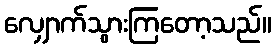
လျှောက်သွားကြတော့သည်။